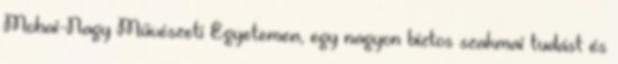
Mohai-Nagy Művészeti Egyetemen, egy nagyon biztos szakmai tudást és